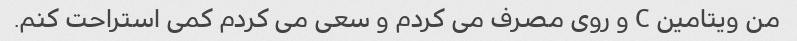
من ویتامین C و روی مصرف می کردم و سعی می کردم کمی استراحت کنم.